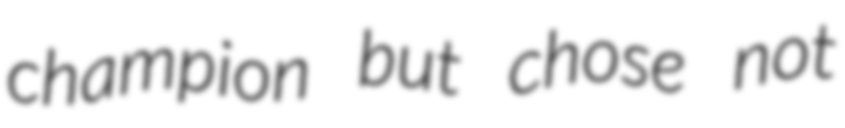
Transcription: champion but chose not